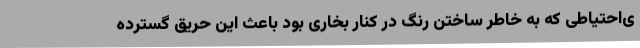
ی‌احتیاطی که به خاطر ساختن رنگ در کنار بخاری بود باعث این حریق گسترده